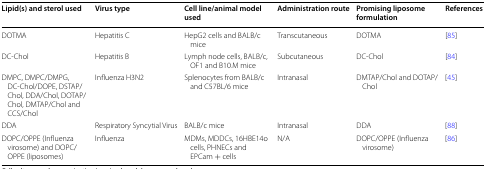
| Lipid(s) and sterol used | Virus type | Cell line/animal model used | Administration route | Promising liposome formulation | References |
 | --- | --- | --- | --- | --- | --- |
 | DOTMA | Hepatitis C | HepG2 cells and BALB/c mice | Transcutaneous | DOTMA | [85] |
 | DC-Chol | Hepatitis B | Lymph node cells, BALB/c, OF1 and B10.M mice | Subcutaneous | DC-Chol | [84] |
 | DMPC, DMPC/DMPG, DC-Chol/DOPE, DSTAP/Chol, DDA/Chol, DOTAP/Chol, DMTAP/Chol and CCS/Chol | Influenza H3N2 | Splenocytes from BALB/c and C57BL/6 mice | Intranasal | DMTAP/Chol and DOTAP/Chol | [45] |
 | DDA | Respiratory Syncytial Virus | BALB/c mice | Intranasal | DDA | [88] |
 | DOPC/OPPE (Influenza virosome) and DOPC/OPPE (liposomes) | Influenza | MDMs, MDDCs, 16HBE14o cells, PHNECs and EPCam + cells | N/A | DOPC/OPPE (Influenza virosome) | [86] |